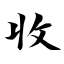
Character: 收